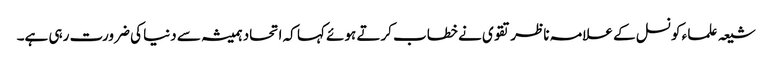
شیعہ علما ء کونسل کے علامہ ناظر تقوی نے خطاب کرتے ہوئے کہا کہ اتحاد ہمیشہ سے دنیا کی ضرورت رہی ہے۔